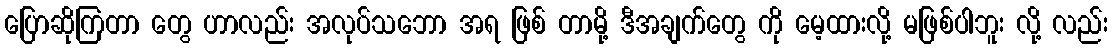
ပြောဆိုကြတာ တွေ ဟာလည်း အလုပ်သဘော အရ ဖြစ် တာမို့ ဒီအချက်တွေ ကို မေ့ထားလို့ မဖြစ်ပါဘူး လို့ လည်း